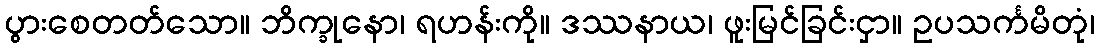
ပွားစေတတ်သော။ ဘိက္ခုနော၊ ရဟန်းကို။ ဒဿနာယ၊ ဖူးမြင်ခြင်းငှာ။ ဥပသင်္ကမိတုံ၊